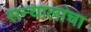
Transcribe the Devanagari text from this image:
सन्यालांचा